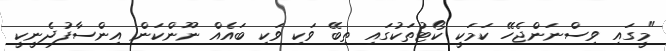
"މީގައި ވިސްނަންޖެހޭ ކަމަަކީ ކޯޓުތަކުގައި ތިބޭ ވަކި ވަކި ބައެއް ނޫންކަން އިންސާފުދެނީކީ